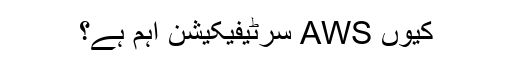
کیوں AWS سرٹیفیکیشن اہم ہے؟